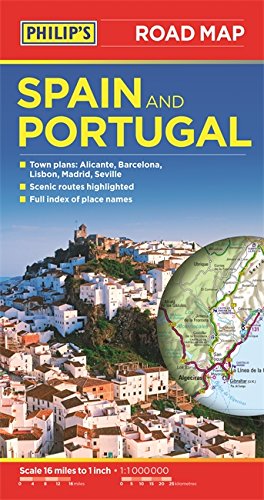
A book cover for Philip's Spain and Portugal Road Map; Philips; Travel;